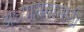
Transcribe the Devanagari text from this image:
अध्यासनासाठी